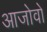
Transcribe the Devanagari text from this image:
आजोवो